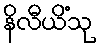
နိလီယိံသု